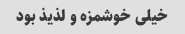
خیلی خوشمزه و لذیذ بود